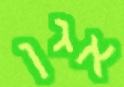
אגן